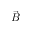
\vec { B }